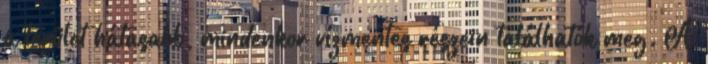
a terület hátasabb, mindenkor vízmentes részein találhatók meg. A